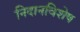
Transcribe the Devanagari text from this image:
निदानविशेष